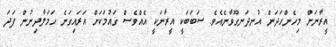
އީރާނަށް މިހެންހަދަން އުނދަނގޫވާނެއެވެ. ސަބަބަކީ އީރާނަކީ އެއްވެސް ގައުމަކަށް އަރައިގަނެ ހަމަލާދިނުން ފަދަ